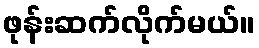
ဖုန်းဆက်လိုက်မယ်။